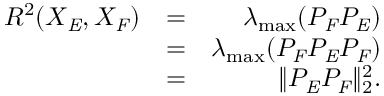
\begin{array} { r l r } { R ^ { 2 } ( X _ { \mathit { E } } , X _ { \mathit { F } } ) } & { = } & { \lambda _ { \mathrm { m a x } } ( P _ { \mathit { F } } P _ { \mathit { E } } ) } \\ & { = } & { \lambda _ { \mathrm { m a x } } ( P _ { \mathit { F } } P _ { \mathit { E } } P _ { \mathit { F } } ) } \\ & { = } & { \| P _ { \mathit { E } } P _ { \mathit { F } } \| _ { 2 } ^ { 2 } . } \end{array}